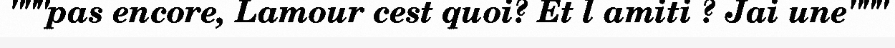
"""pas encore, Lamour cest quoi? Et l amiti ? Jai une"""